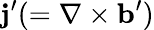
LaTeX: {\mathbf{j}}^{\prime}(=\nabla\times{\mathbf{b}}^{\prime})